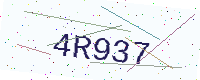
Text: 4R937